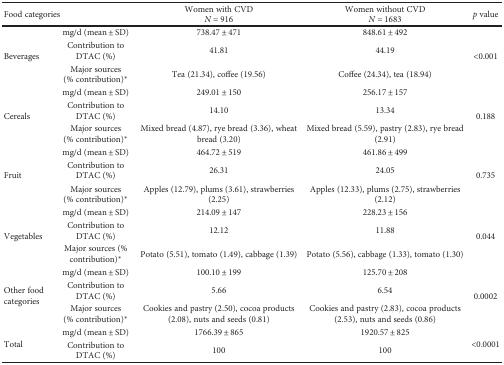
<table><thead><tr><td colspan="2"><b>Food categories</b></td><td><b>Women with CVD<i>N</i> = 916</b></td><td><b>Women without CVD<i>N</i> = 1683</b></td><td><b><i>p</i> value</b></td></tr></thead><tbody><tr><td rowspan="3">Beverages</td><td>mg/d (mean ± SD)</td><td>738.47 ± 471</td><td>848.61 ± 492</td><td rowspan="3">&lt;0.001</td></tr><tr><td>Contribution to DTAC (%)</td><td>41.81</td><td>44.19</td></tr><tr><td>Major sources (% contribution)<sup>∗</sup></td><td>Tea (21.34), coffee (19.56)</td><td>Coffee (24.34), tea (18.94)</td></tr><tr><td rowspan="3">Cereals</td><td>mg/d (mean ± SD)</td><td>249.01 ± 150</td><td>256.17 ± 157</td><td rowspan="3">0.188</td></tr><tr><td>Contribution to DTAC (%)</td><td>14.10</td><td>13.34</td></tr><tr><td>Major sources (% contribution)<sup>∗</sup></td><td>Mixed bread (4.87), rye bread (3.36), wheat bread (3.20)</td><td>Mixed bread (5.59), pastry (2.83), rye bread (2.91)</td></tr><tr><td rowspan="3">Fruit</td><td>mg/d (mean ± SD)</td><td>464.72 ± 519</td><td>461.86 ± 499</td><td rowspan="3">0.735</td></tr><tr><td>Contribution to DTAC (%)</td><td>26.31</td><td>24.05</td></tr><tr><td>Major sources (% contribution)<sup>∗</sup></td><td>Apples (12.79), plums (3.61), strawberries (2.25)</td><td>Apples (12.33), plums (2.75), strawberries (2.12)</td></tr><tr><td rowspan="3">Vegetables</td><td>mg/d (mean ± SD)</td><td>214.09 ± 147</td><td>228.23 ± 156</td><td rowspan="3">0.044</td></tr><tr><td>Contribution to DTAC (%)</td><td>12.12</td><td>11.88</td></tr><tr><td>Major sources (% contribution)<sup>∗</sup></td><td>Potato (5.51), tomato (1.49), cabbage (1.39)</td><td>Potato (5.56), cabbage (1.33), tomato (1.30)</td></tr><tr><td rowspan="3">Other food categories</td><td>mg/d (mean ± SD)</td><td>100.10 ± 199</td><td>125.70 ± 208</td><td rowspan="3">0.0002</td></tr><tr><td>Contribution to DTAC (%)</td><td>5.66</td><td>6.54</td></tr><tr><td>Major sources (% contribution)<sup>∗</sup></td><td>Cookies and pastry (2.50), cocoa products (2.08), nuts and seeds (0.81)</td><td>Cookies and pastry (2.83), cocoa products (2.53), nuts and seeds (0.86)</td></tr><tr><td rowspan="2">Total</td><td>mg/d (mean ± SD)</td><td>1766.39 ± 865</td><td>1920.57 ± 825</td><td rowspan="2">&lt;0.0001</td></tr><tr><td>Contribution to DTAC (%)</td><td>100</td><td>100</td></tr></tbody></table>